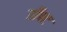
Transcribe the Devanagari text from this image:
हॉफ्ट